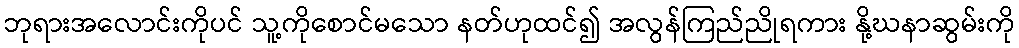
ဘုရားအလောင်းကိုပင် သူ့ကိုစောင်မသော နတ်ဟုထင်၍ အလွန်ကြည်ညိုရကား နို့ဃနာဆွမ်းကို